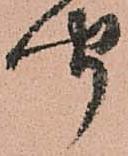
聞